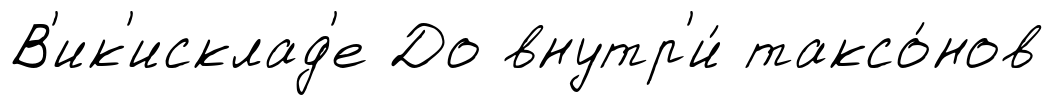
В'ик'исклад'е До внутр'и́ таксо́нов